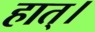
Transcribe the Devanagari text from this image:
हात्।